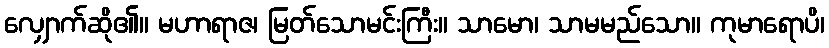
လျှောက်ဆို၏။ မဟာရာဇ၊ မြတ်သောမင်းကြီး။ သာမော၊ သာမမည်သော။ ကုမာရောပိ၊